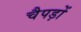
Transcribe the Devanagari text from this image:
चैपड़ों